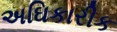
અઘિકારીક